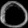
Digit: ၀